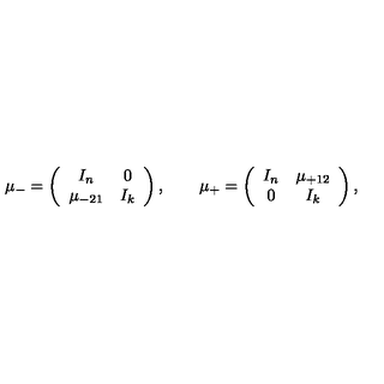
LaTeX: \mu _ { - } = \left( \begin{array} { c c } { I _ { n } } & { 0 } \\ { \mu _ { - 2 1 } } & { I _ { k } } \\ \end{array} \right) , \qquad \mu _ { + } = \left( \begin{array} { c c } { I _ { n } } & { \mu _ { + 1 2 } } \\ { 0 } & { I _ { k } } \\ \end{array} \right) ,